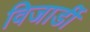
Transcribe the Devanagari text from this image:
विजार्डी